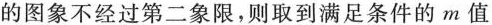
的图象不经过第二象限，则取到满足条件的m值